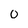
Character: 0